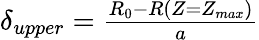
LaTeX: \begin{array}{r}{\delta_{upper}=\frac{R_{0}-R(Z=Z_{max})}{a}}\end{array}